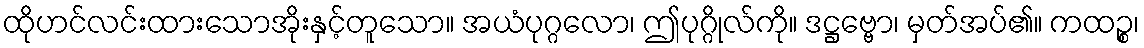
ထိုဟင်လင်းထားသောအိုးနှင့်တူသော။ အယံပုဂ္ဂလော၊ ဤပုဂ္ဂိုလ်ကို။ ဒဋ္ဌဗ္ဗော၊ မှတ်အပ်၏။ ကထဉ္စ၊